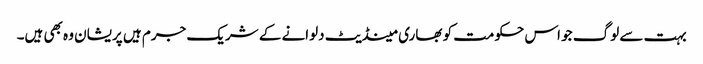
بہت سے لوگ جو اس حکومت کو بھاری مینڈیٹ دلوانے کے شریک جرم ہیں پریشان وہ بھی ہیں۔